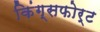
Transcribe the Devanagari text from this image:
किंग्सफोर्ट